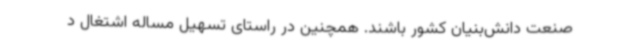
صنعت دانش‌بنیان کشور باشند. همچنین در راستای تسهیل مساله اشتغال د